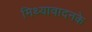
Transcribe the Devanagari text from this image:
मिथ्यावादनके